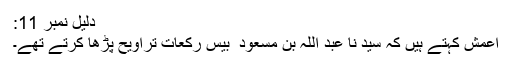
دلیل نمبر 11:
اعمش کہتے ہیں کہ سید نا عبد اللہ بن مسعود ؓ بیس رکعات تراویح پڑھا کرتے تھے۔